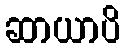
ဆာယာပိ